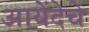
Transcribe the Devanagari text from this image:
आयेंदेचे